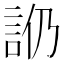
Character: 𧥰